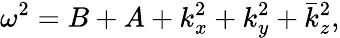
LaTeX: \omega^{2}=B+A+k_{x}^{2}+k_{y}^{2}+\bar{k}_{z}^{2},